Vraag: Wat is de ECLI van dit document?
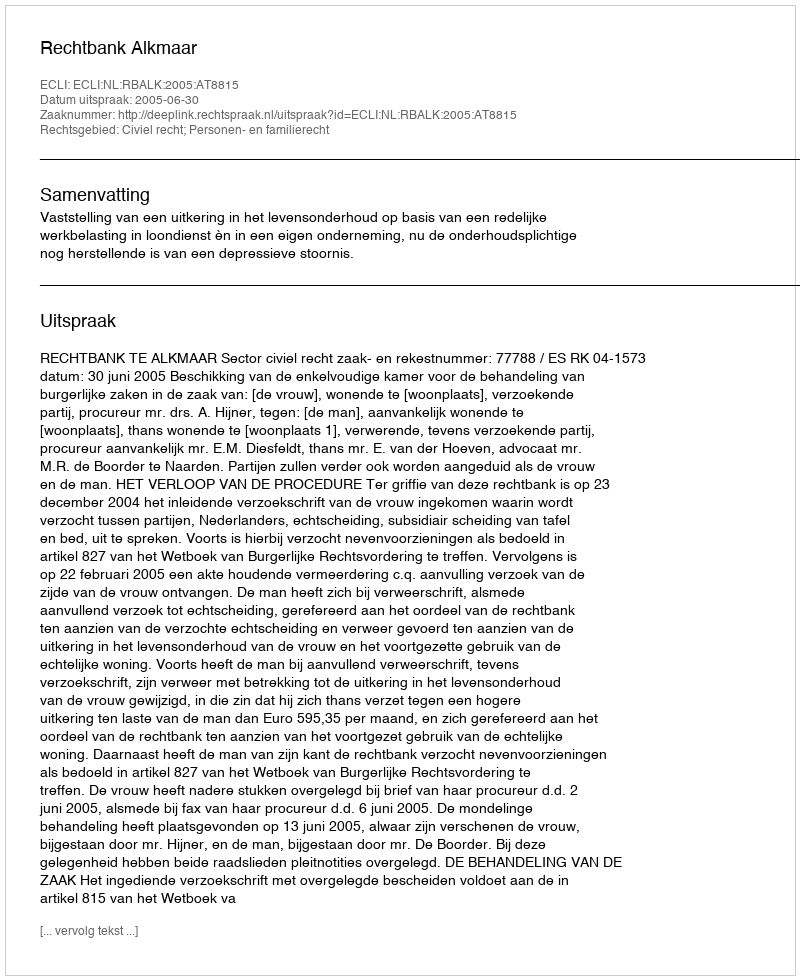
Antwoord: ECLI:NL:RBALK:2005:AT8815